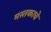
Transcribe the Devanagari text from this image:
मस्तकाचे